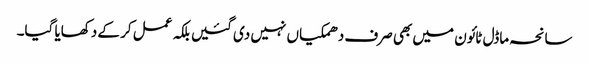
سانحہ ماڈل ٹائون میں بھی صرف دھمکیاں نہیں دی گئیں بلکہ عمل کر کے دکھایا گیا۔